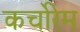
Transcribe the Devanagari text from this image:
कर्चोरेम